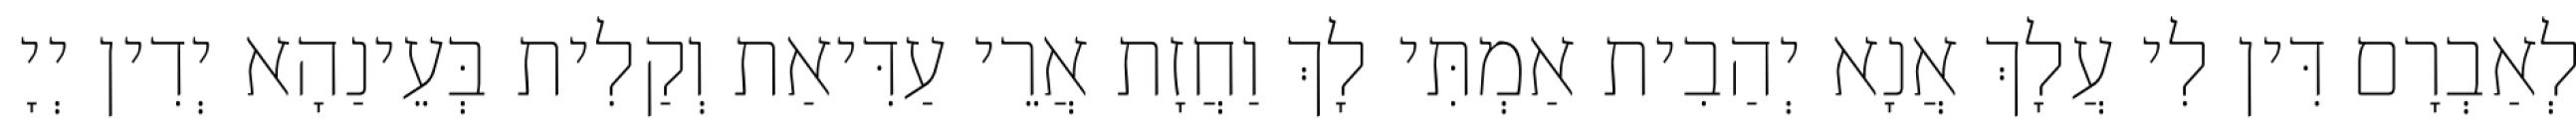
לְאַבְרָם דִּין לִי עֲלָךְ אֲנָא יְהַבִית אַמְתִּי לָךְ וַחֲזָת אֲרֵי עַדִּיאַת וְקַלִית בְּעֵינַהָא יְדִין יְיָ